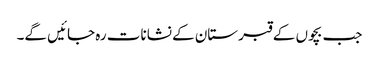
جب بچوں کے قبرستان کے نشانات رہ جائیں گے۔